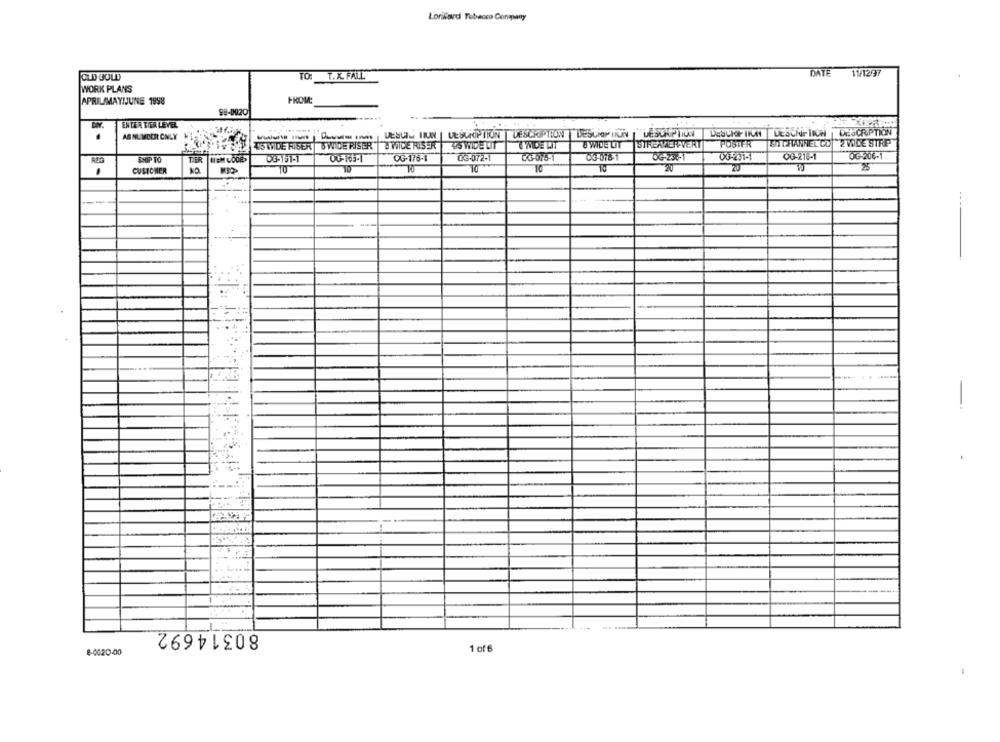
Lorillard Tobacco Conmary
T.X. FALL
DATE 11/1297
TO
WORK PLANS
APRIL/MAYIJUNE 1998
FROM:
98-0020
ENTER TER LEVEL
DESCRIPTION DESCHOP NON UE SCHIP TUOI
DESCIOF TIUN DESCRIPTION DESCRIPTION
ASNUMBER ONLY
50 GHANRIEL CO 2 WIDE STRP
45 WIDE RISER
WIDE RISER | @ WICE RISER
45 WIDE LIT
&WIDE UIT STREAMERPVERT
POSTER
03-072-1
06-075-1
03-078-1
OG-236-1
0X3-271-1
00-216-1
OG-206-1
ENIP TO
TIER
DG-151-1
00-165-1
OG-176-1
CUSTOMER
10
TO
TO
20
20
----
80314692
8-0020-40
1 of 6